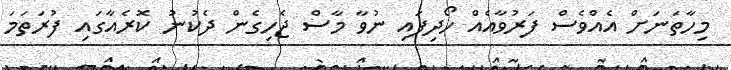
މިހާތަނަށް އެއްވެސް ފަރުވާއެއް ހޯދިފައި ނުވާ މާސް ޖެހިގެން ދެކުނު ކޮރެއާގައި ފުރަތަމަ